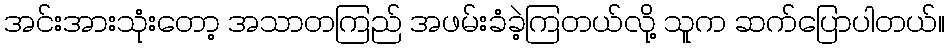
အင်းအားသုံးတော့ အသာတကြည် အဖမ်းခံခဲ့ကြတယ်လို့ သူက ဆက်ပြောပါတယ်။